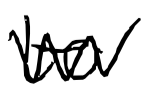
Text: to
Cross-out: zig-zag
Writing tool: digital_black